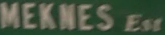
MEKNES_Est